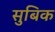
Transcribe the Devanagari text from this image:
सुबिक